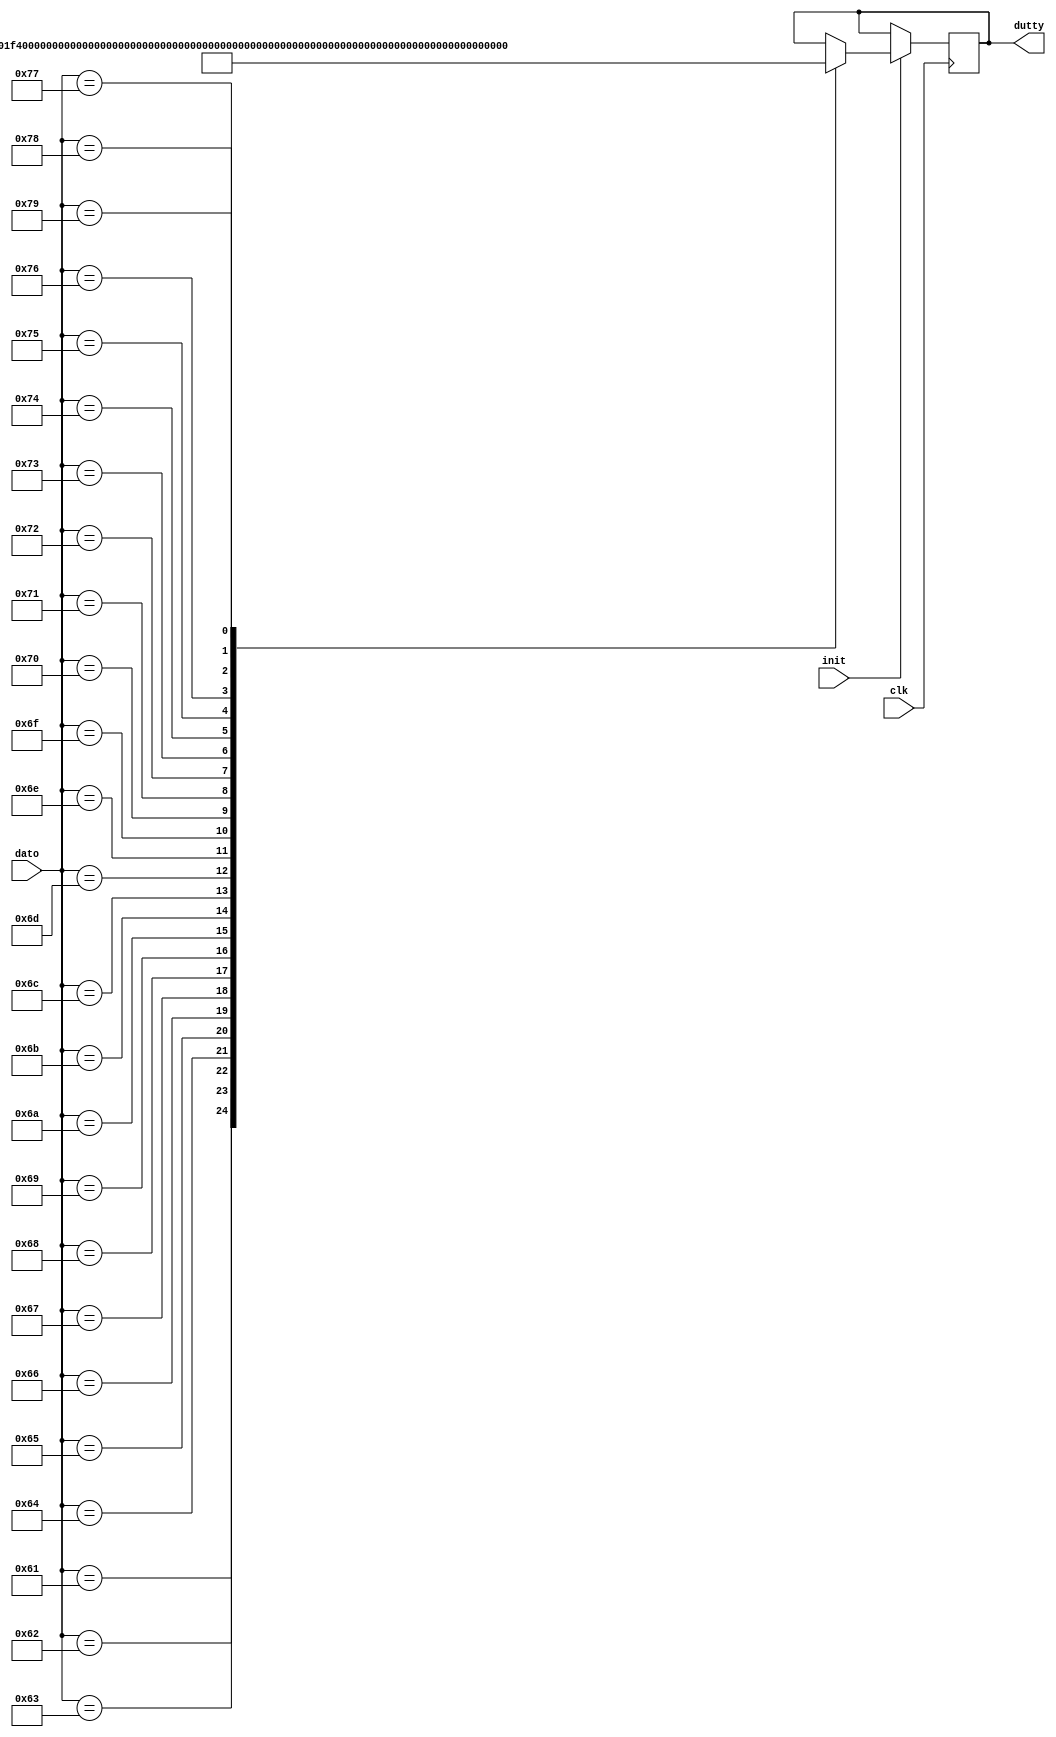
module Control_Luz(clk,init,dato,dutty);

input clk;
input init;
input [7:0] dato;
output reg [15:0]dutty=16'b0;

always@(posedge clk)begin
	if(init)begin
		case(dato)
			8'd97:begin dutty=16'd0; end //a
			8'd98:begin dutty=16'd2000; end //b
			8'd99:begin dutty=16'd4000; end //c
			8'd100:begin dutty=16'd6000; end //d
			8'd101:begin dutty=16'd8000; end //e
			8'd102:begin dutty=16'd10000; end //f
			8'd103:begin dutty=16'd12000; end //g
			8'd104:begin dutty=16'd14000; end //h
			8'd105:begin dutty=16'd16000; end //i
			8'd106:begin dutty=16'd18000; end //j
			8'd107:begin dutty=16'd20000; end //k
			8'd108:begin dutty=16'd22000; end //l
			8'd109:begin dutty=16'd24000; end //m
			8'd110:begin dutty=16'd26000; end //n
			8'd111:begin dutty=16'd28000; end //o
			8'd112:begin dutty=16'd30000; end //p
			8'd113:begin dutty=16'd32000; end //q
			8'd114:begin dutty=16'd34000; end //r
			8'd115:begin dutty=16'd36000; end //s
			8'd116:begin dutty=16'd38000; end //t
			8'd117:begin dutty=16'd40000; end //u
			8'd118:begin dutty=16'd42000; end //v
			8'd119:begin dutty=16'd44000; end //w
			8'd120:begin dutty=16'd46000; end //x
			8'd121:begin dutty=16'd50000; end //y
		endcase
	end
end


endmodule